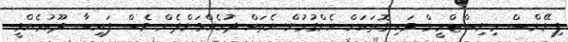
ފިނޭންސް މިނިސްޓްރީން ވަކި ގޮތަކަށް އެންގުމުން އެތައް ދުހެއްވަންދެން ވެސް ފައިސާ ދޫކުރެއްވީ